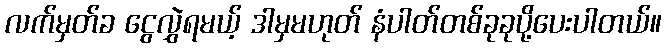
လက်မှတ်ခ ငွေလွှဲရမယ့် ဒါမှမဟုတ် နံပါတ်တစ်ခုခုပို့ပေးပါတယ်။